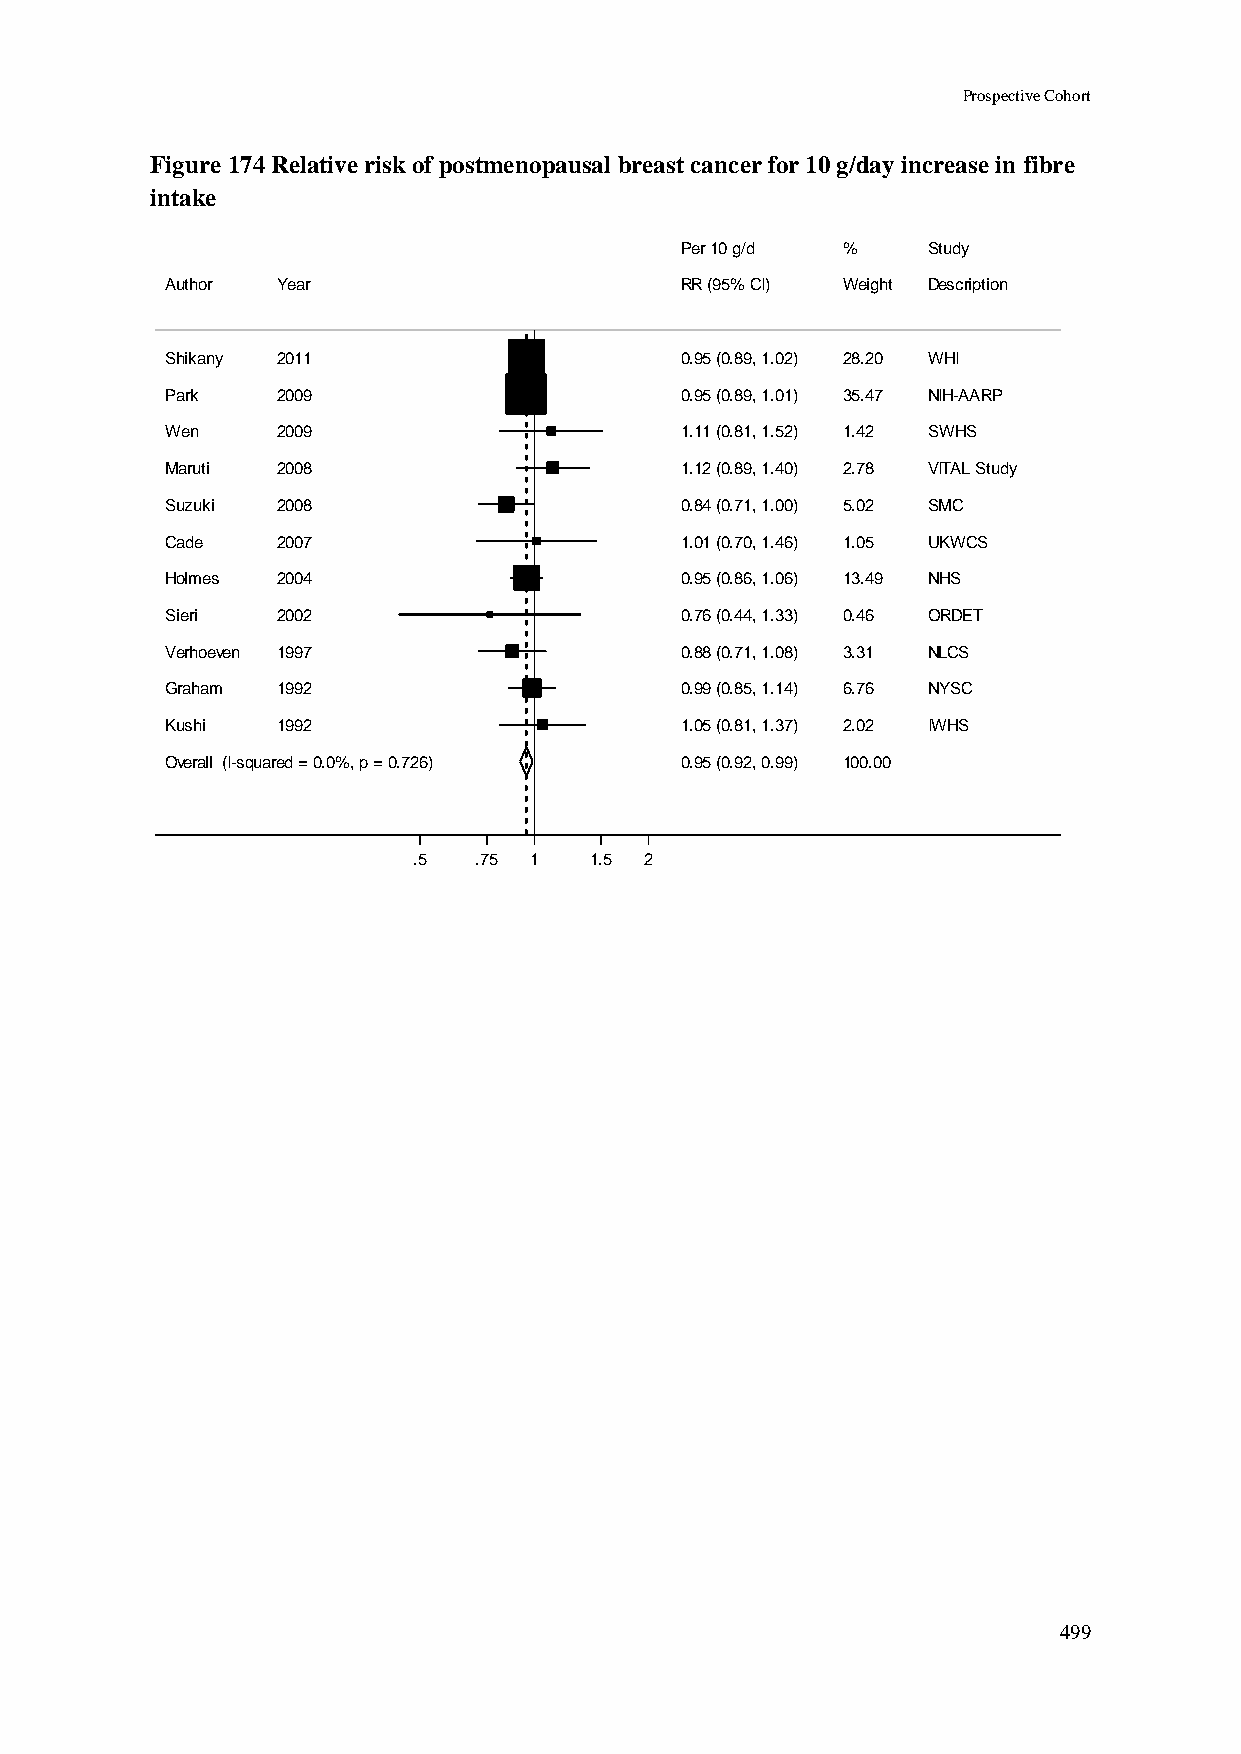
Prospective Cohort
 Figure 174 Relative risk of postmenopausal breast cancer for 10 g/day increase in fibre
 intake
 PPeerr 1100 gg//dd %% Study
 Author Year                       RRRR ((9955%% CCII)) WWeeiigghhtt Description
 Shikany 2011                      00..9955 ((00..8899,, 11..0022)) 2288..2200 WHI
 Park   2009                       00..9955 ((00..8899,, 11..0011)) 3355..4477 NIH-AARP
 Wen    2009                       11..1111 ((00..8811,, 11..5522)) 11..4422 SWHS
 Maruti 2008                       11..1122 ((00..8899,, 11..4400)) 22..7788 VITAL Study
 Suzuki 2008                       00..8844 ((00..7711,, 11..0000)) 55..0022 SMC
 Cade   2007                       11..0011 ((00..7700,, 11..4466)) 11..0055 UKWCS
 Holmes 2004                       00..9955 ((00..8866,, 11..0066)) 1133..4499 NHS
 Sieri  2002                       00..7766 ((00..4444,, 11..3333)) 00..4466 ORDET
 Verhoeven 1997                    00..8888 ((00..7711,, 11..0088)) 33..3311 NLCS
 Graham 1992                       00..9999 ((00..8855,, 11..1144)) 66..7766 NYSC
 Kushi  1992                       11..0055 ((00..8811,, 11..3377)) 22..0022 IWHS
 Overall (I-squared = 0.0%, p = 0.726) 00..9955 ((00..9922,, 00..9999)) 110000..0000
 .5  .75 11  1.5 2
 499